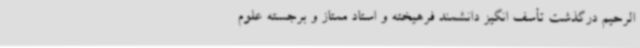
الرحیم درگذشت تأسف انگیز دانشمند فرهیخته و استاد ممتاز و برجسته علوم